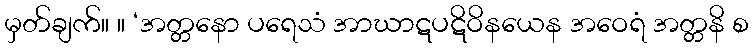
မှတ်ချက်။ ။ ‘အတ္တနော ပရေသံ အာဃာဋပဋိဝိနယေန အဝေရံ အတ္တနိ စ